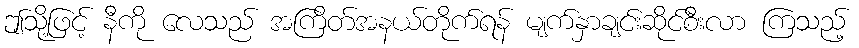
ဤသို့ဖြင့် နီကို လေသည် အကြိတ်အနယ်တိုက်ရန် မျက်နှာချင်းဆိုင်စီးလာ ကြသည့်